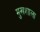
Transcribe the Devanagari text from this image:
मुखशाला